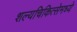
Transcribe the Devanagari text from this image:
शल्यचिकित्सेमध्ये